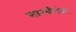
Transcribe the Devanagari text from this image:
सातवीनंतर